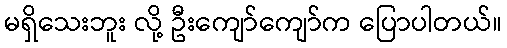
မရှိသေးဘူး လို့ ဦးကျော်ကျော်က ပြောပါတယ်။